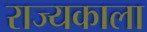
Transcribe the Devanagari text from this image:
राज्यकाला